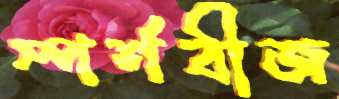
স্পর্শবীজ